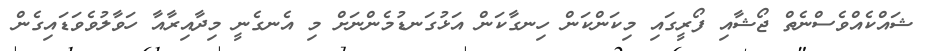
ޝައްކެއްވެސްނެތް ޖޯޝާއި ފޯރީގައި މިކަންކަން ހިނގާކަން އަޅުގަނޑުމެންނަށް މި އެނގެނީ މިދާއިރާއާ ހަވާލުވެވަޑައިގެން